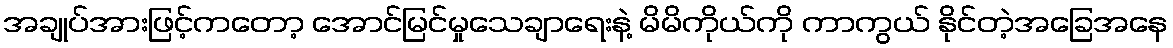
အချုပ်အားဖြင့်ကတော့ အောင်မြင်မှုသေချာရေးနဲ့ မိမိကိုယ်ကို ကာကွယ် နိုင်တဲ့အခြေအနေ